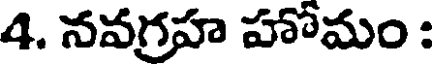
4. నవగ్రహ హోమం :